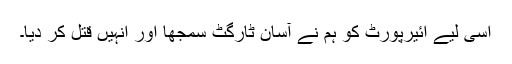
اسی لیے ائیرپورٹ کو ہم نے آسان ٹارگٹ سمجھا اور انہیں قتل کر دیا۔